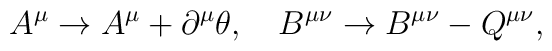
A^\mu \rightarrow A^\mu+\partial^\mu\theta,~~~B^{\mu\nu}\rightarrow B^{\mu\nu}-Q^{\mu\nu},